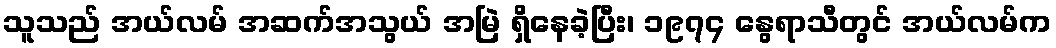
သူသည် အယ်လမ် အဆက်အသွယ် အမြဲ ရှိနေခဲ့ပြီး၊ ၁၉၇၄ နွေရာသီတွင် အယ်လမ်က